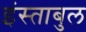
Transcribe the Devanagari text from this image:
इंस्ताबुल